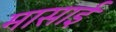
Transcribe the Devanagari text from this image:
मासाई